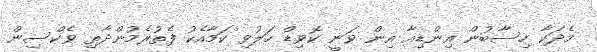
މެދަކާ ހިސާބުން އިންޑިއާ އިން ވަނީ ކޮވިޑް ހަލުވި ކަމާއެކު ފެތުރެމުންދާތި ވެކްސިން